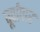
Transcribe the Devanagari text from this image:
पूर्वांपार